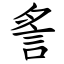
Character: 䚻